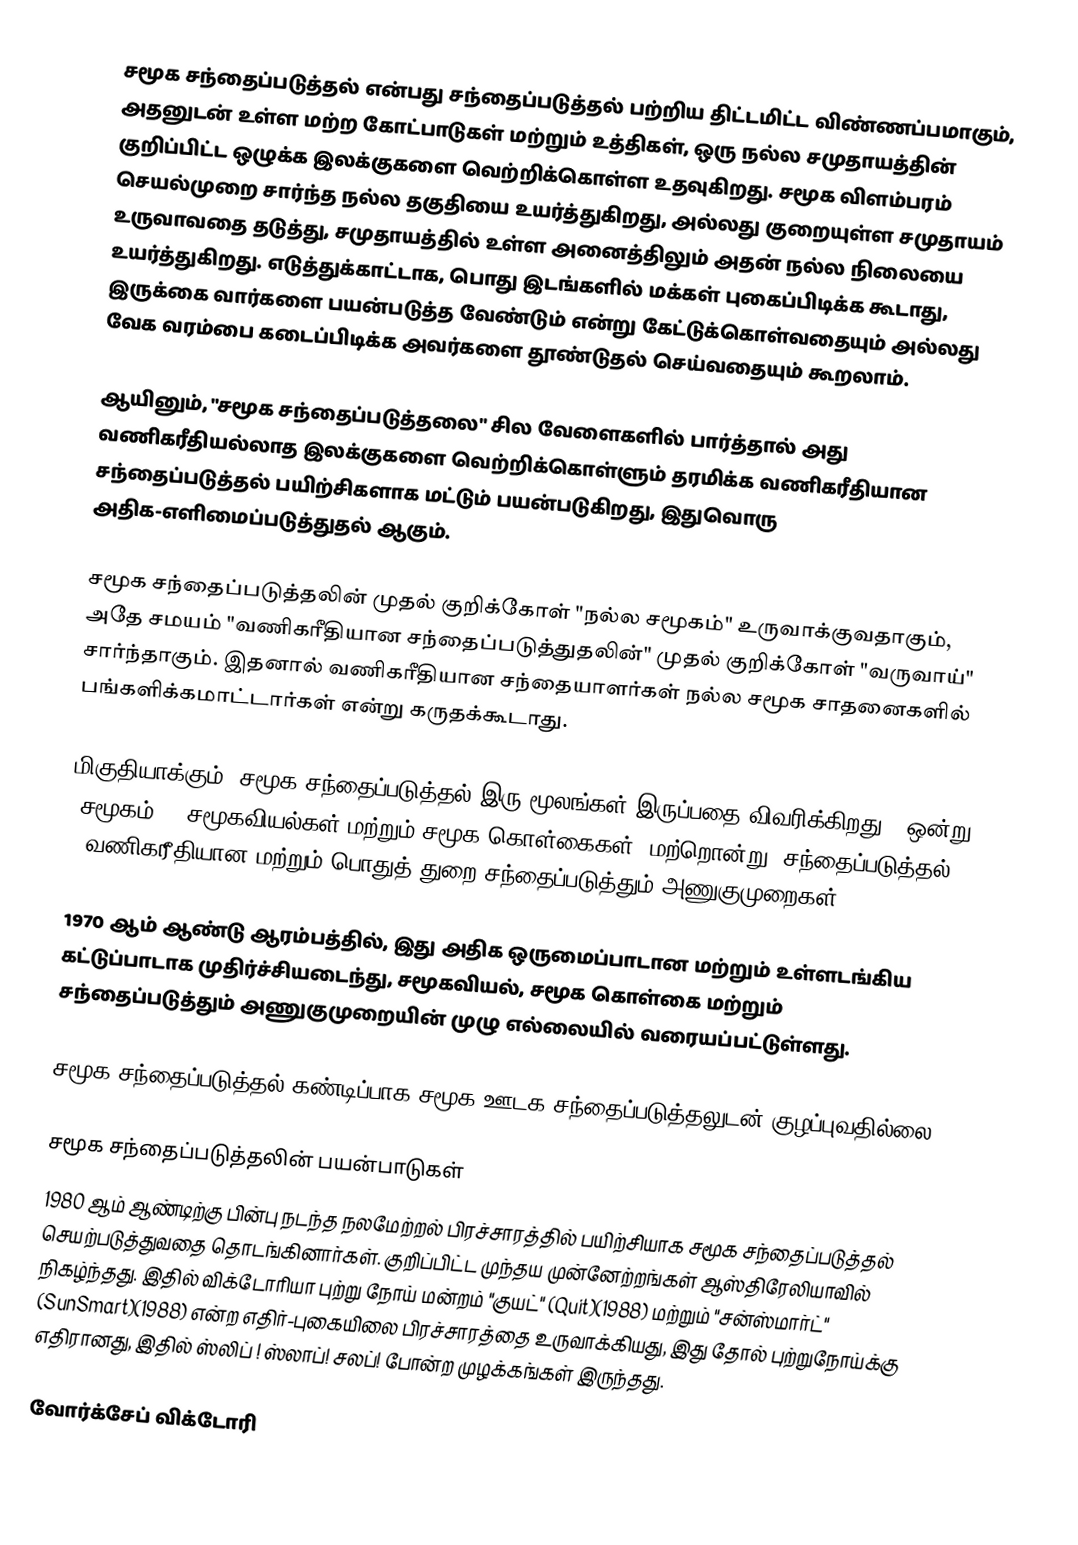
சமூக சந்தைப்படுத்தல் என்பது சந்தைப்படுத்தல் பற்றிய திட்டமிட்ட விண்ணப்பமாகும், அதனுடன் உள்ள மற்ற கோட்பாடுகள் மற்றும் உத்திகள், ஒரு நல்ல சமுதாயத்தின் குறிப்பிட்ட ஒழுக்க இலக்குகளை வெற்றிக்கொள்ள உதவுகிறது. சமூக விளம்பரம் செயல்முறை சார்ந்த நல்ல தகுதியை உயர்த்துகிறது, அல்லது குறையுள்ள சமுதாயம் உருவாவதை தடுத்து, சமுதாயத்தில் உள்ள அனைத்திலும் அதன் நல்ல நிலையை உயர்த்துகிறது. எடுத்துக்காட்டாக, பொது இடங்களில் மக்கள் புகைப்பிடிக்க கூடாது, இருக்கை வார்களை பயன்படுத்த வேண்டும் என்று கேட்டுக்கொள்வதையும் அல்லது வேக வரம்பை கடைப்பிடிக்க அவர்களை தூண்டுதல் செய்வதையும் கூறலாம்.

ஆயினும், "சமூக சந்தைப்படுத்தலை" சில வேளைகளில் பார்த்தால் அது வணிகரீதியல்லாத இலக்குகளை வெற்றிக்கொள்ளும் தரமிக்க வணிகரீதியான சந்தைப்படுத்தல் பயிற்சிகளாக மட்டும் பயன்படுகிறது, இதுவொரு அதிக-எளிமைப்படுத்துதல் ஆகும்.

சமூக சந்தைப்படுத்தலின் முதல் குறிக்கோள் "நல்ல சமூகம்" உருவாக்குவதாகும், அதே சமயம் "வணிகரீதியான சந்தைப்படுத்துதலின்" முதல் குறிக்கோள் "வருவாய்" சார்ந்தாகும். இதனால் வணிகரீதியான சந்தையாளர்கள் நல்ல சமூக சாதனைகளில் பங்களிக்கமாட்டார்கள் என்று கருதக்கூடாது.

மிகுதியாக்கும், சமூக சந்தைப்படுத்தல் இரு மூலங்கள் இருப்பதை விவரிக்கிறது - ஒன்று "சமூகம்" = சமூகவியல்கள் மற்றும் சமூக கொள்கைகள், மற்றொன்று "சந்தைப்படுத்தல்" = வணிகரீதியான மற்றும் பொதுத் துறை சந்தைப்படுத்தும் அணுகுமுறைகள்.

1970 ஆம் ஆண்டு ஆரம்பத்தில், இது அதிக ஒருமைப்பாடான மற்றும் உள்ளடங்கிய கட்டுப்பாடாக முதிர்ச்சியடைந்து, சமூகவியல், சமூக கொள்கை மற்றும் சந்தைப்படுத்தும் அணுகுமுறையின் முழு எல்லையில் வரையப்பட்டுள்ளது.

சமூக சந்தைப்படுத்தல் கண்டிப்பாக சமூக ஊடக சந்தைப்படுத்தலுடன் குழப்புவதில்லை.

சமூக சந்தைப்படுத்தலின் பயன்பாடுகள்
1980 ஆம் ஆண்டிற்கு பின்பு நடந்த நலமேற்றல் பிரச்சாரத்தில் பயிற்சியாக சமூக சந்தைப்படுத்தல் செயற்படுத்துவதை தொடங்கினார்கள். குறிப்பிட்ட முந்தய முன்னேற்றங்கள் ஆஸ்திரேலியாவில் நிகழ்ந்தது. இதில் விக்டோரியா புற்று நோய் மன்றம் "குயட்" (Quit)(1988) மற்றும் "சன்ஸ்மார்ட்" (SunSmart)(1988) என்ற எதிர்-புகையிலை பிரச்சாரத்தை உருவாக்கியது, இது தோல் புற்றுநோய்க்கு எதிரானது, இதில் ஸ்லிப் ! ஸ்லாப்!  சலப்! போன்ற முழக்கங்கள் இருந்தது.

வோர்க்சேப் விக்டோரி